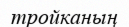
тройканың